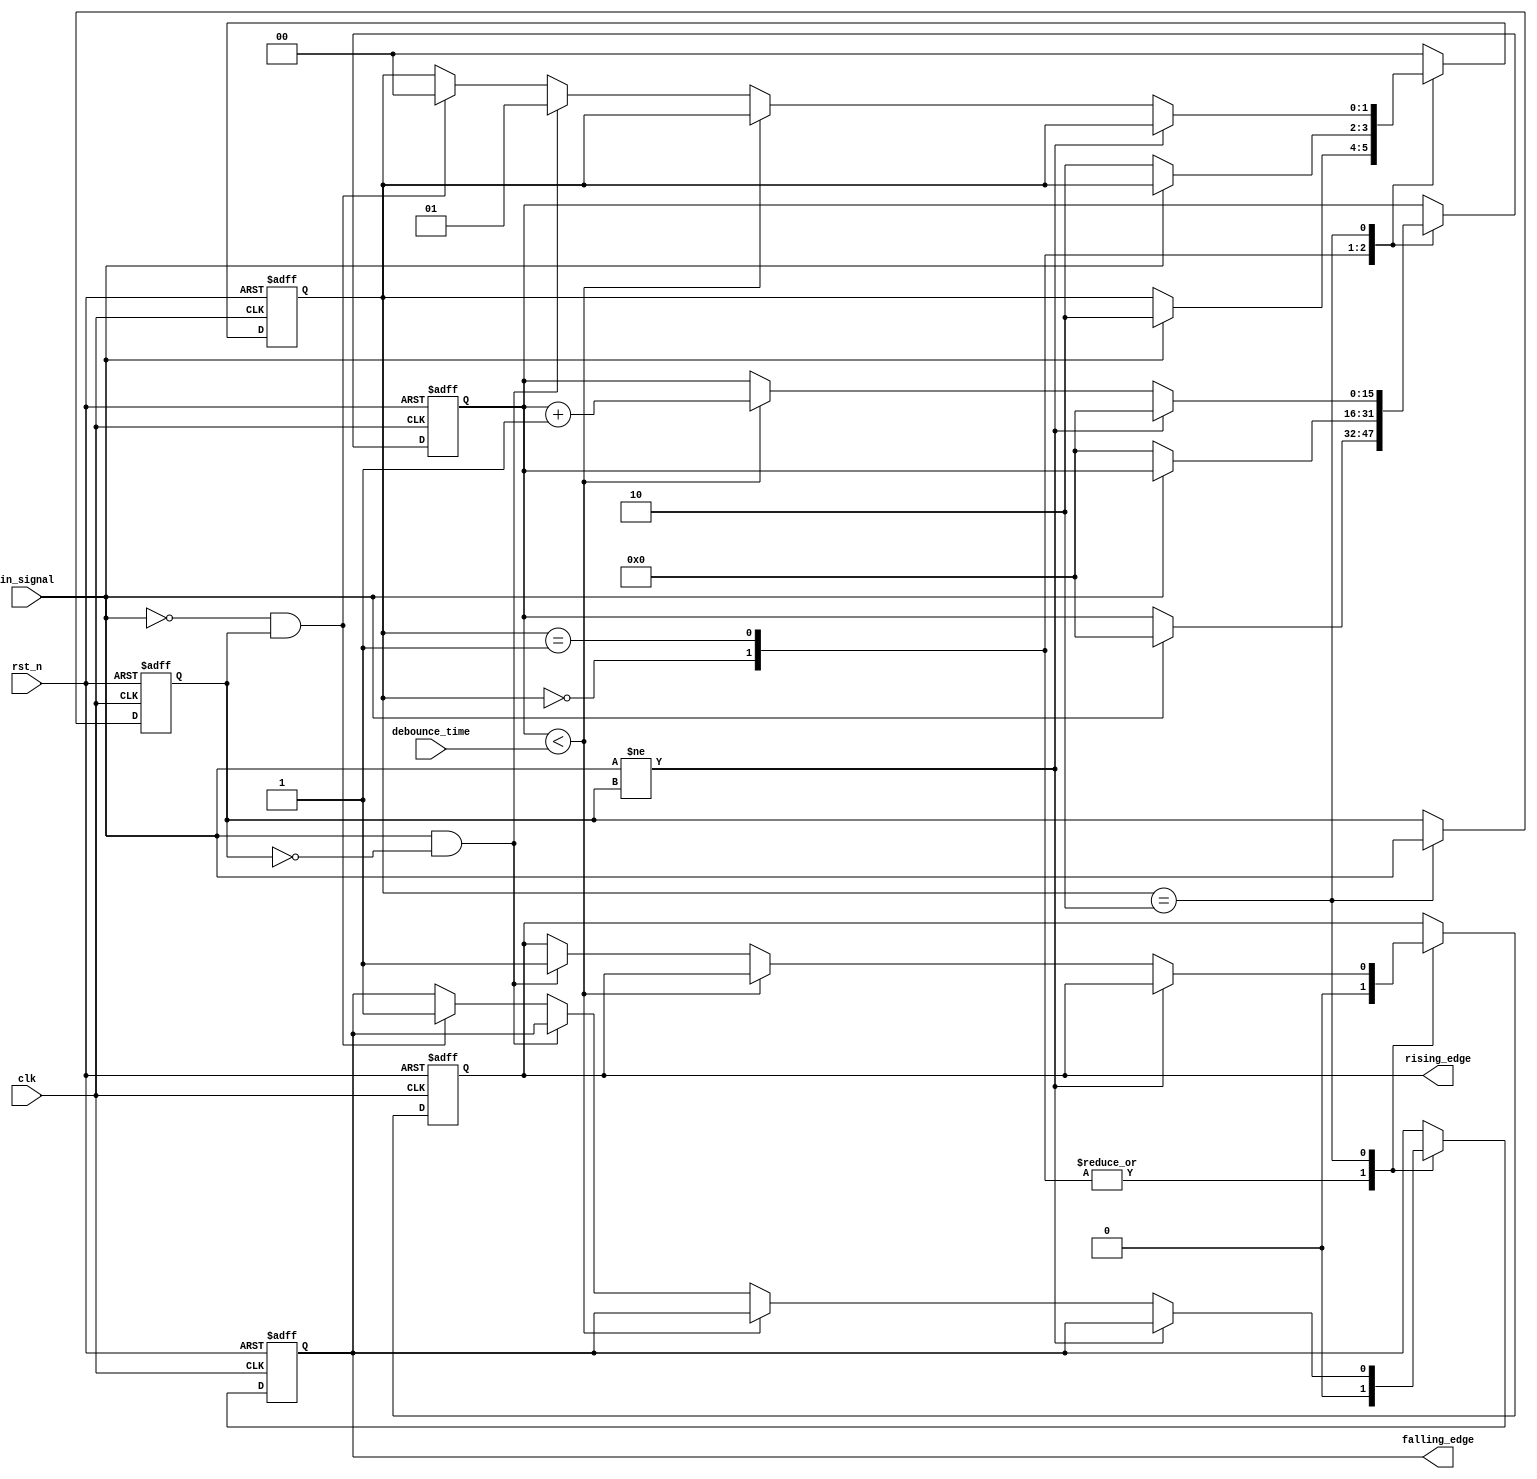
module DebouncedEdgeDetector (
    input wire clk,           // Clock input
    input wire rst_n,        // Active low reset
    input wire in_signal,     // Input signal (switch/button)
    input wire [15:0] debounce_time, // Debounce time parameter in clock cycles
    output reg rising_edge,   // Output for rising edge detected
    output reg falling_edge   // Output for falling edge detected
);

    // State definitions
    reg [1:0] current_state, next_state;
    reg [15:0] counter;       // Counter for debouncing
    reg last_stable_signal;    // Last stable signal after debounce

    // Define states
    localparam STABLE_LOW = 2'b00;
    localparam STABLE_HIGH = 2'b01;
    localparam DEBOUNCE = 2'b10;

    // Edge detection logic
    always @(posedge clk or negedge rst_n) begin
        if (!rst_n) begin
            current_state <= STABLE_LOW;  // Initialize to stable low on reset
            counter <= 0;
            last_stable_signal <= 0;
            rising_edge <= 0;
            falling_edge <= 0;
        end else begin
            case (current_state)
                STABLE_LOW: begin
                    rising_edge <= 0;
                    falling_edge <= 0;

                    if (in_signal) begin
                        // Move to debounce state if high
                        counter <= 0;
                        current_state <= DEBOUNCE;
                    end
                end
                STABLE_HIGH: begin
                    rising_edge <= 0;
                    falling_edge <= 0;

                    if (!in_signal) begin
                        // Move to debounce state if low
                        counter <= 0;
                        current_state <= DEBOUNCE;
                    end
                end
                DEBOUNCE: begin
                    if (in_signal != last_stable_signal) begin
                        // If input changes, reset the counter
                        counter <= 0;
                    end else begin
                        // Increment counter for stable signal
                        if (counter < debounce_time) begin
                            counter <= counter + 1;
                        end else begin
                            // Check for edge detection
                            if (in_signal && last_stable_signal == 0) begin
                                rising_edge <= 1; // Rising edge detected
                                current_state <= STABLE_HIGH;
                            end else if (!in_signal && last_stable_signal == 1) begin
                                falling_edge <= 1; // Falling edge detected
                                current_state <= STABLE_LOW;
                            end
                        end
                    end
                    last_stable_signal <= in_signal; // Update stable signal
                end
                default: begin
                    current_state <= STABLE_LOW;
                end
            endcase
        end
    end

endmodule